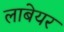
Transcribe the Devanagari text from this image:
लाबेयर